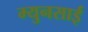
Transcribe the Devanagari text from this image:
म्युनसाई